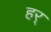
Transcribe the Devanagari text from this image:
हर्